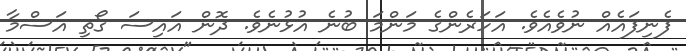
ފެނިފައެއް ނުވެއެވެ. އަހަރެންގެ މަންމަ ބުނެ އުޅުނެވެ. ދޮން އައިސަ ގޯތި އަސްމާ